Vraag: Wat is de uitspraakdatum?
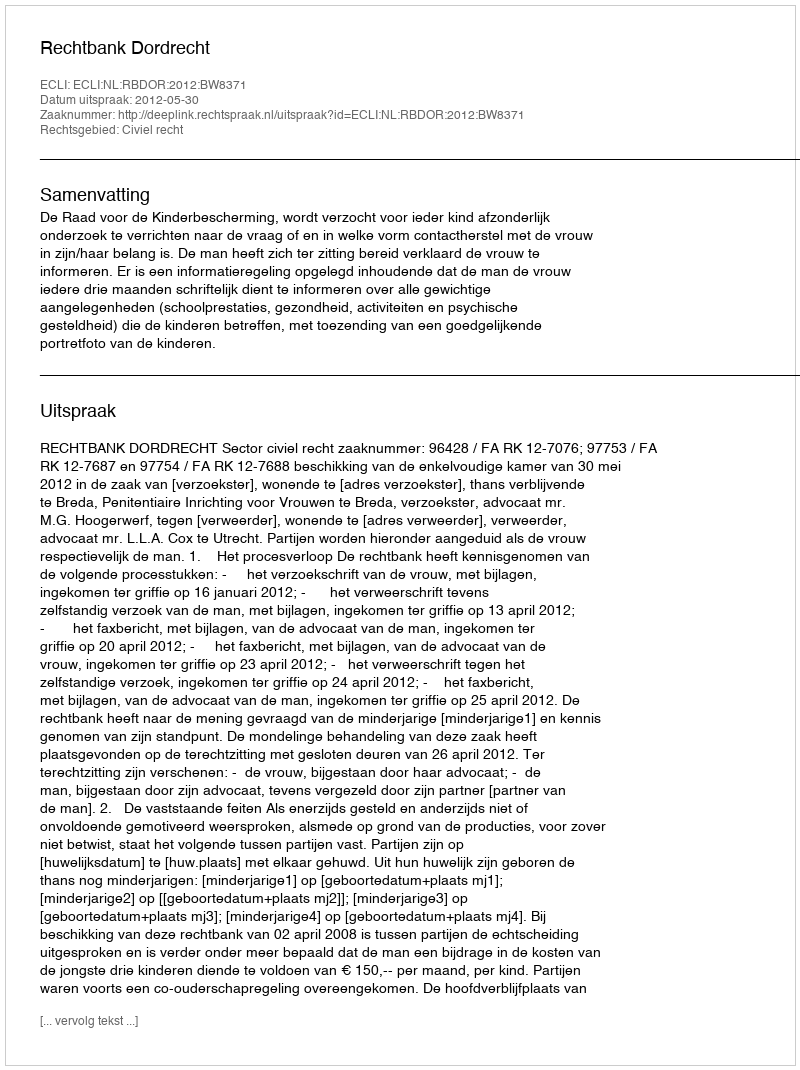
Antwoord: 2012-05-30